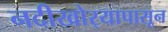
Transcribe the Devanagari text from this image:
नदीखोर्‍यापासून